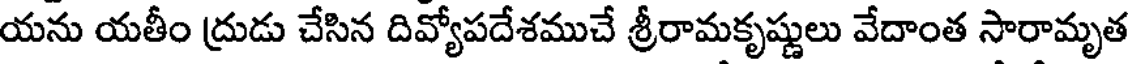
యను యతీం ద్రుడు చేసిన దివ్యోపదేశముచే శ్రీరామకృష్ణులు వేదాంత సారామృత